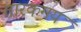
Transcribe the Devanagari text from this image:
तारकमय